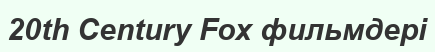
20th Century Fox фильмдері